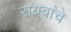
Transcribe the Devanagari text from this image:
रायबांचे